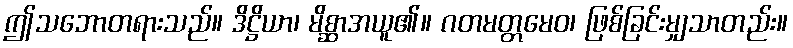
ဤသဘောတရားသည်။ ဒိဋ္ဌိယာ၊ မိစ္ဆာအယူ၏။ ဂတမတ္တမေဝ၊ ဖြစ်ခြင်းမျှသာတည်း။